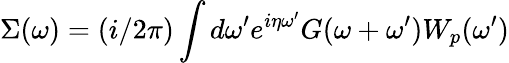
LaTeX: \Sigma(\omega)=(i/2\pi)\int d\omega^{\prime}e^{i\eta\omega^{\prime}}G(\omega+\omega^{\prime})W_{p}(\omega^{\prime})